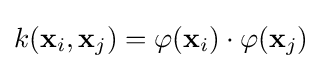
k(\mathbf {x} _{i},\mathbf {x} _{j})=\varphi (\mathbf {x} _{i})\cdot \varphi (\mathbf {x} _{j})